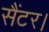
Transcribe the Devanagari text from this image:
सैंटर।